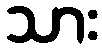
သား